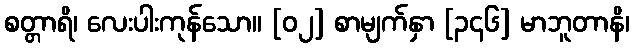
စတ္တာရိ၊ လေးပါးကုန်သော။ [၀၂] စာမျက်နှာ [၃၄၆] မာဘူတာနိ၊